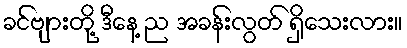
ခင်ဗျားတို့ ဒီနေ့ ည အခန်းလွတ် ရှိသေးလား။